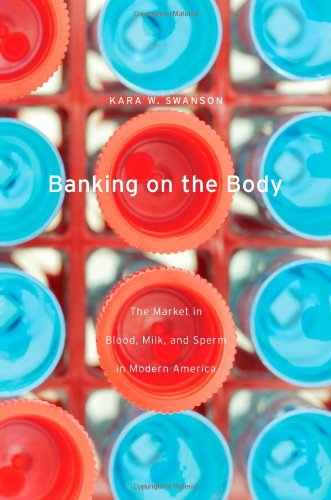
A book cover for Banking on the Body: The Market in Blood, Milk, and Sperm in Modern America; Kara W. Swanson; Law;